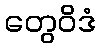
တွေဝိဒံ